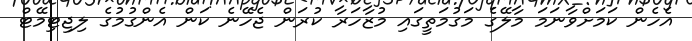
އެހެން ކަމަށްވާނަމަ މާލޭގެ މަގުމަތީގައި މުޒާހަރާ ކުރަން ޖެހޭނެ ކަން އެންގުމުގެ ލިޖިޓިމޭޓް